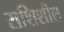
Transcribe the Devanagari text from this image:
राशिशील